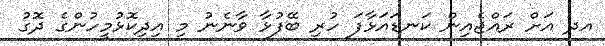
އދ އަށް ރައްޖެއިން ކަނޑައަޅާފަ ހުރި ބޭފުޅާ ވާނެނު މި އިދިކޮޅުމީހުންގެ ދޮގު